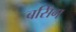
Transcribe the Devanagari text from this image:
बसिंग